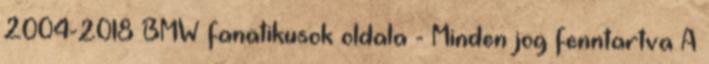
2004-2018 BMW fanatikusok oldala - Minden jog fenntartva A